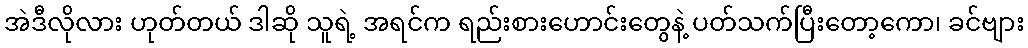
အဲဒီလိုလား ဟုတ်တယ် ဒါဆို သူရဲ့ အရင်က ရည်းစားဟောင်းတွေနဲ့ ပတ်သက်ပြီးတော့ကော၊ ခင်ဗျား